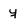
Character: y